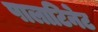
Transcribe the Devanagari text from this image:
पालाटिनेट